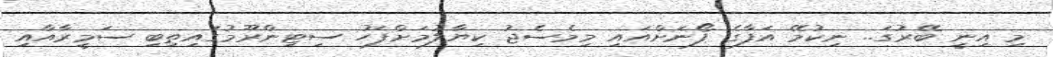
މި އިނީ ބޭރުގަ.. ނިކުމޭ އަފާގެ ފޯނަށްއައި މިމެސެޖު ކިޔާލުމަށްފަހު ސިޓިންރޫމުގައިތިބި ސަމީރާއާއި